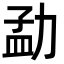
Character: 勐